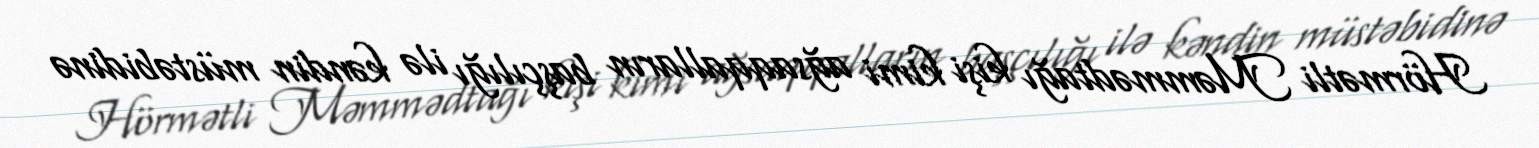
Hörmətli Məmmədtağı kişi kimi ağsaqqalların başçılığı ilə kəndin müstəbidinə